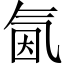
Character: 氤